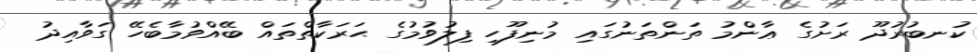
ކުނބުރުދޫ ރަށުގެ ޢާންމު ތަންތަނުގައި މުނިފޫހި ފިލުވުމުގެ ޙަރަކާތްތައް ބޭއްވުމާބެހޭ ގަވާއިދު